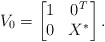
\begin{align*}V_0=\begin{bmatrix}1 & 0^T\\0 & X^*\end{bmatrix}.\end{align*}